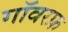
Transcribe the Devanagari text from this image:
गॉवरफ़